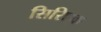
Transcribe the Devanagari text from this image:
सिरिएक